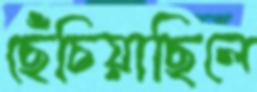
ছেঁচিয়াছিলে